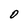
Character: O